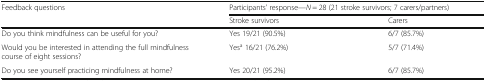
<table><thead><tr><td><b>Feedback questions</b></td><td colspan="2"><b>Participants’ response—<i>N</i> = 28 (21 stroke survivors; 7 carers/partners)</b></td></tr><tr><td></td><td><b>Stroke survivors</b></td><td><b>Carers</b></td></tr></thead><tbody><tr><td>Do you think mindfulness can be useful for you?</td><td>Yes 19/21 (90.5%)</td><td>6/7 (85.7%)</td></tr><tr><td>Would you be interested in attending the full mindfulness course of eight sessions?</td><td>Yes<sup>a</sup> 16/21 (76.2%)</td><td>5/7 (71.4%)</td></tr><tr><td>Do you see yourself practicing mindfulness at home?</td><td>Yes 20/21 (95.2%)</td><td>6/7 (85.7%)</td></tr></tbody></table>